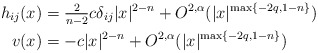
\begin{align*}h_{ij} (x)&= \tfrac{2}{n-2} c \delta_{ij} |x|^{2-n} + O^{2,\alpha}(|x|^{\max\{-2q, 1-n \}})\\v(x) &= -c |x|^{2-n} + O^{2,\alpha}(|x|^{\max\{-2q, 1-n \}})\end{align*}